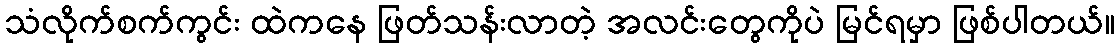
သံလိုက်စက်ကွင်း ထဲကနေ ဖြတ်သန်းလာတဲ့ အလင်းတွေကိုပဲ မြင်ရမှာ ဖြစ်ပါတယ်။